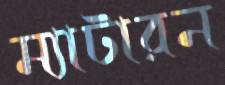
ম্যাটারন